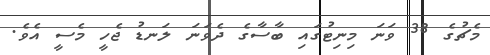
މެޗުގެ 38 ވަަނަ މިނިޓުގައި ބާސާގެ ދެވަނަ ލަނޑު ޖެހީ މެސީ އެވެ.